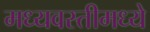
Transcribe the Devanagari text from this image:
मध्यवस्तीमध्ये